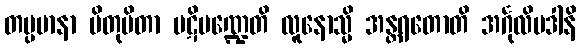
တပ္ပမာနာ ပိတုပိတာ ပဋိမဏ္ဍေတိ လူနောသ္မိ အန္တရတောတိ အင်္ဂုလိပဒါနိ